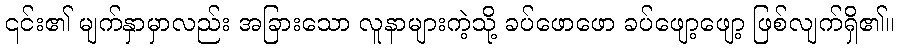
၎င်း၏ မျက်နှာမှာလည်း အခြားသော လူနာများကဲ့သို့ ခပ်ဖောဖော ခပ်ဖျော့ဖျော့ ဖြစ်လျက်ရှိ၏။